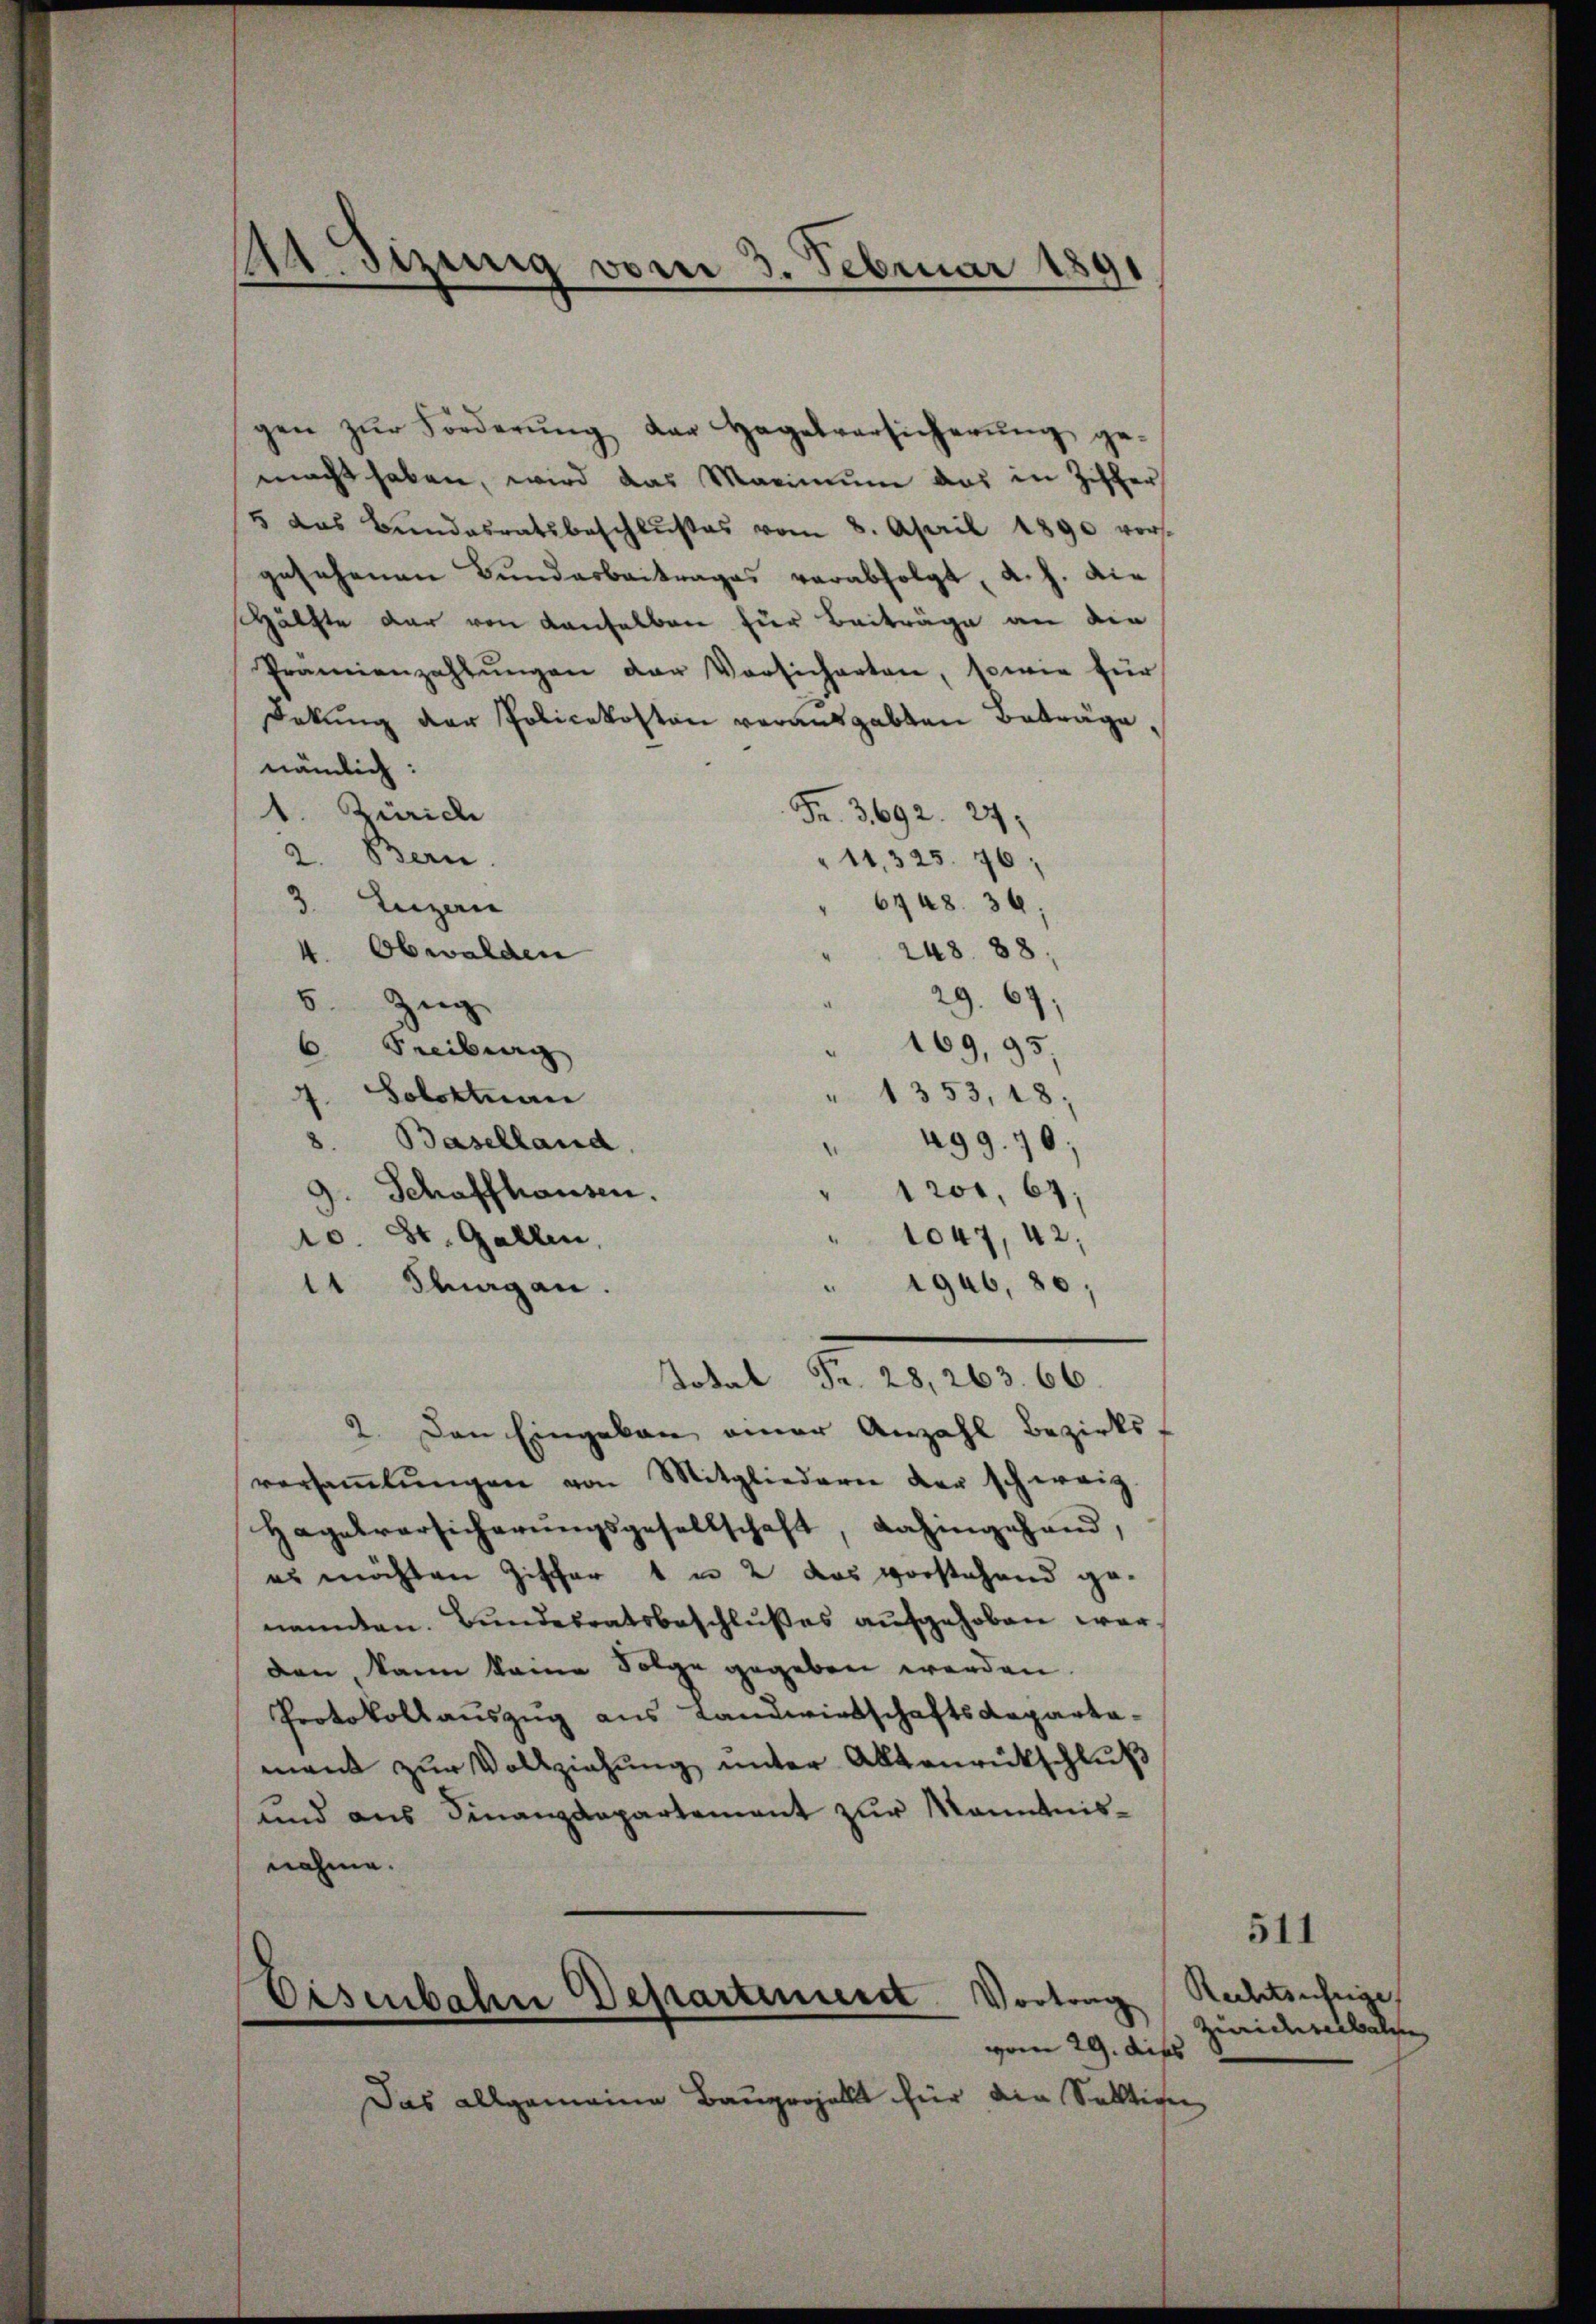
A. Sizinig vom 3. Februar 1891

gen zŭr Förderŭng der Hagelversicherŭng ge-
macht haben, wird das Maximŭm das in Ziffer
5 das Bundesratsbeschlußes vom 8. April 1890 vor-
gesehenen Bundarbeitrages verabfolgt, a. h. die
Hälfte dar von denselben für Beiträge an die
Prämienzahlŭngen der Vorsicherten, sowie für
Dokung der Policekosten vorausgabten Beträge
nämlich:
1. Zürich
Fr. 3692. 24.
a. Bern.
"11,325. 76.
6448. 36,
3. Luzern
4. Obwalden
248. 88,
29. 67;
5. Zug
169,95.
6. Freiburg
4. Solottuan
1353, 18;
8. Baselland,
499. 70.
9. Schaffhausen.
1201, 67;
1047, 42;
10. St. Gallen,
1946,80;
11 Thurgau.
Tokal Fr. 28, 263. 66.
2. Den Eingekan einer Anzahl Bezirks
versaṁlŭngen von Mitgliedern der schweiz.
Hagelversicherŭngsgesellschaft, dahingehand,
es möchten Ziffer 1 u 2 das vorstehend genannten. Bundesratsbeschlußes aufgehoben worden, kann kame Folge gegeben werden.
Protokollauszug aus Landwirtschaftsdepartament zur Vollziehung unter Altenrückschluß
und aus Finanzdepartement zur Kenntnisnahme.

Eisenbahn Departiniert Vortrag
vom 29. dies

Das allgemeine Bauprojekt für die Sältigen

Rechtsuchtige,
Ziwidererbal

511